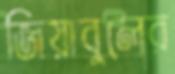
জিয়াবুলের